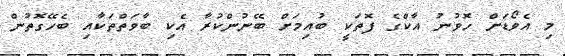
މި އެވޯޑަށް ހޮވުނު އާކްގެ ފޮތަކީ ބުއިމަށް ބޭނުންކުރާ އެކި ބާވަތްތަކާއި ބެހޭގޮތުން